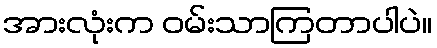
အားလုံးက ဝမ်းသာကြတာပါပဲ။